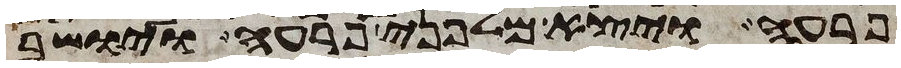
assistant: פרעה ויצא מלפני פרעה ויושב